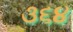
૩૬૪